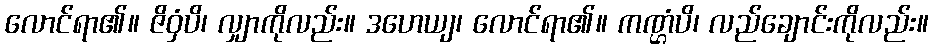
လောင်ရာ၏။ ဇိဝှံပိ၊ လျှာကိုလည်း။ ဒဟေယျ၊ လောင်ရာ၏။ ကဏ္ဌံပိ၊ လည်ချောင်းကိုလည်း။